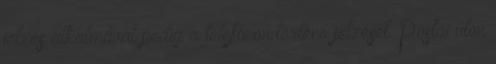
jelzés alkalmával pedig a telefonon történő jelzését. Postai úton